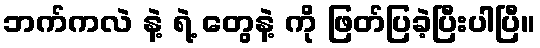
ဘက်ကလဲ နဲ့ ရဲ့ တွေနဲ့ ကို ဖြတ်ပြခဲ့ပြီးပါပြီ။